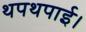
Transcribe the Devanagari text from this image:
थपथपाई।